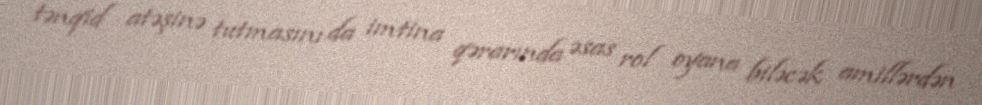
tənqid atəşinə tutmasını da imtina qərarında əsas rol oyana biləcək amillərdən